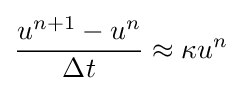
{\frac {u^{n+1}-u^{n}}{\Delta t}}\approx \kappa u^{n}